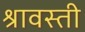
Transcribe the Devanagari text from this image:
श्रावस्‍ती